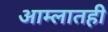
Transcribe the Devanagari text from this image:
आम्लातही